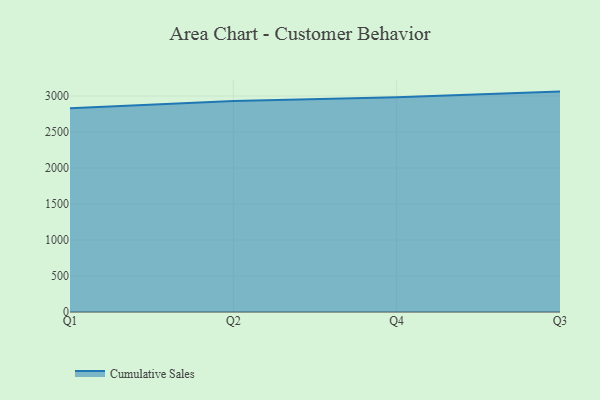
{"axis": {"x": "Quarter", "y": "Conversion Rate (%)"}, "legend": ["Cumulative Sales"], "data": [{"x": "Q1", "y": 2829.9, "type": "Cumulative Sales"}, {"x": "Q2", "y": 2931.8, "type": "Cumulative Sales"}, {"x": "Q4", "y": 2984.2, "type": "Cumulative Sales"}, {"x": "Q3", "y": 3061.4, "type": "Cumulative Sales"}]}